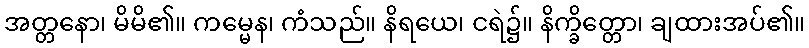
အတ္တနော၊ မိမိ၏။ ကမ္မေန၊ ကံသည်။ နိရယေ၊ ငရဲ၌။ နိက္ခိတ္တော၊ ချထားအပ်၏။